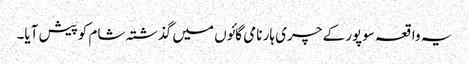
یہ واقعہ سوپور کے چری ہار نامی گائوں میں گذشتہ شام کوپیش آیا۔